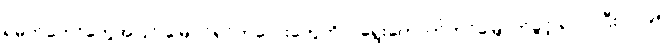
ရဲမက်တော်တွေအပြင် မြေပိုင်ရှင်ကလေးတွေကိုပါ ရွေးကောက်တင်မြှောက်ခွင့် ရလာပြီး ၁၂၉၅